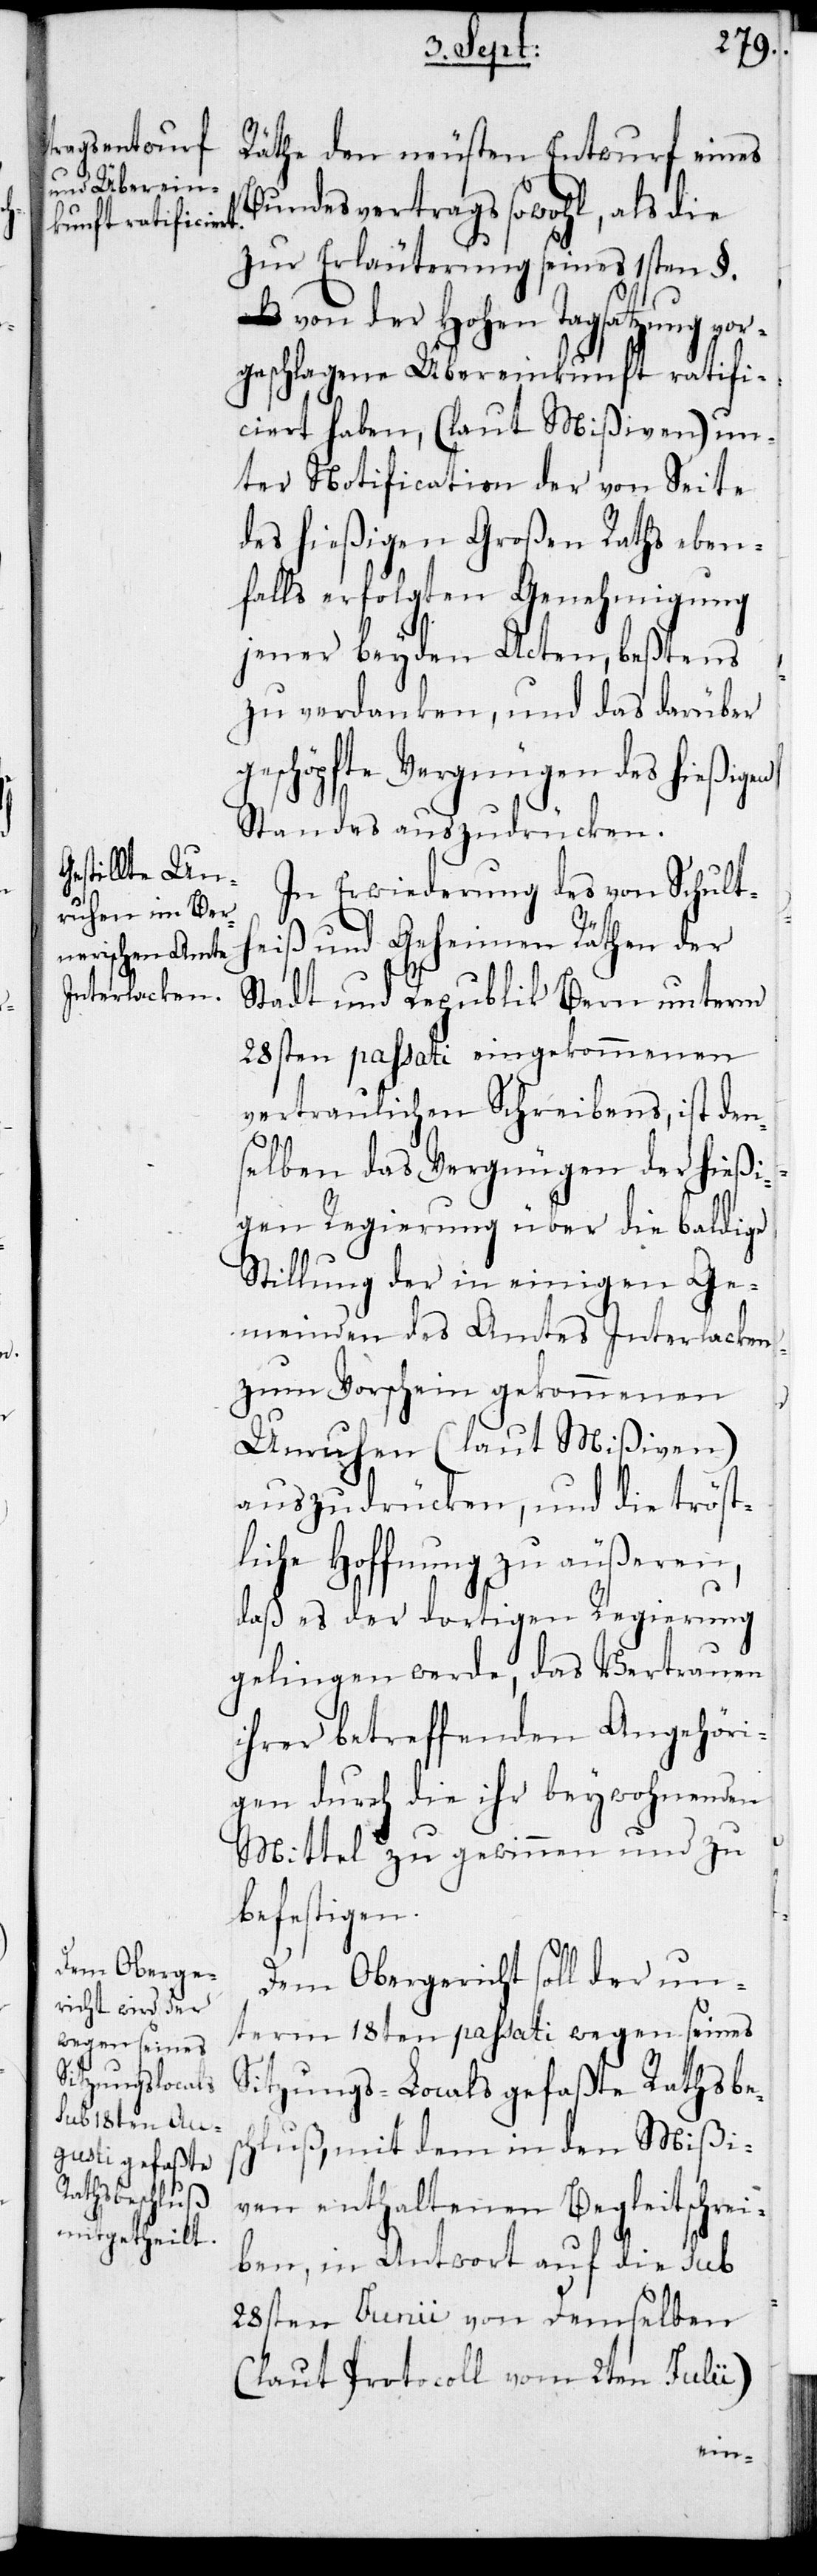
Räthe den neusten Entwurf eines
Bundesvertrags sowohl, als die
zur Erläuterung seines 1sten §.
von der Hohen Tagsatzung vor¬
geschlagene Übereinkunft ratifi¬
ciert haben, (laut Mißiven) un¬
ter Notification der von Seite
des hießigen Großen Raths eben¬
falls erfolgten Genehmigung
jener beyden Acten, beßtens
zu verdanken, und das darüber
geschöpfte Vergnügen des hießigen
Standes auszudrücken.
In Erwiederung des von Schulth¬
eiß und Geheimen Räthen der
Stadt und Republik Bern unterm
28sten passati eingekommenen
vertraulichen Schreibens, ist den¬
selben das Vergnügen der hießi¬
gen Regierung über die baldige
Stillung der in einigen Ge¬
meinden des Amtes Interlacken
zum Vorschein gekommenen
Unruhen (laut Mißiven)
auszudrücken, und die tröst¬
liche Hoffnung zu äußeren,
daß es der dortigen Regierung
gelingen werde, das Vertrauen
ihrer betreffenden Angehöri¬
gen durch die ihr beywohnenden
Mittel zu gewinnen und zu
befestigen.
Dem Obergericht soll der un¬
term 18ten passati wegen seines
Sitzungs-Locals gefaßte Rathsbes¬
chluß, mit dem in den Mißi¬
ven enthaltenen Begleitschrei¬
ben, in Antwort auf die sub
28sten Junii von Demselben
(laut Protocoll vom 2ten Julii)